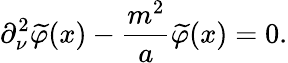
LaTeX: \partial_{\nu}^{2}\widetilde{\varphi}(x)-\frac{m^{2}}{a}\widetilde{\varphi}(x)=0.